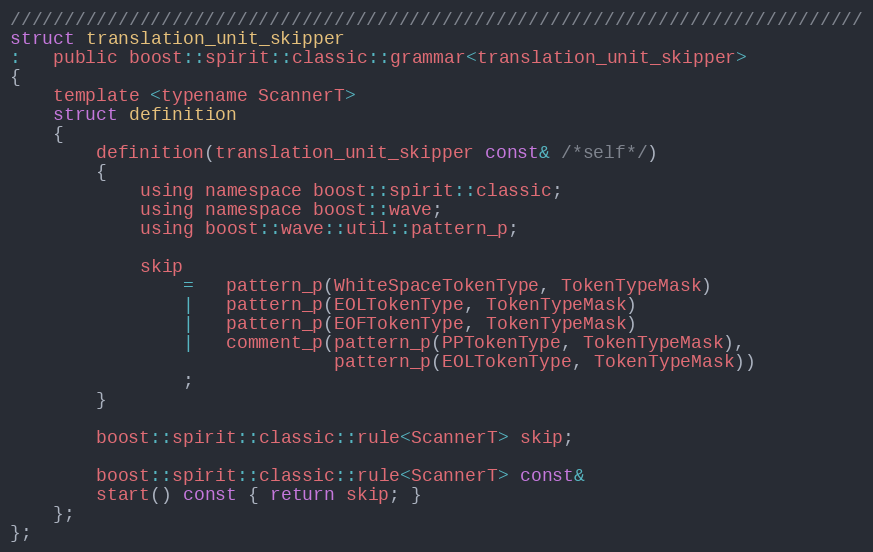
Language: C
///////////////////////////////////////////////////////////////////////////////
struct translation_unit_skipper
:   public boost::spirit::classic::grammar<translation_unit_skipper>
{
    template <typename ScannerT>
    struct definition
    {
        definition(translation_unit_skipper const& /*self*/)
        {
            using namespace boost::spirit::classic;
            using namespace boost::wave;
            using boost::wave::util::pattern_p;

            skip
                =   pattern_p(WhiteSpaceTokenType, TokenTypeMask)
                |   pattern_p(EOLTokenType, TokenTypeMask)
                |   pattern_p(EOFTokenType, TokenTypeMask)
                |   comment_p(pattern_p(PPTokenType, TokenTypeMask),
                              pattern_p(EOLTokenType, TokenTypeMask))
                ;
        }

        boost::spirit::classic::rule<ScannerT> skip;

        boost::spirit::classic::rule<ScannerT> const&
        start() const { return skip; }
    };
};